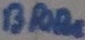
Text: BRIDGE